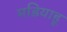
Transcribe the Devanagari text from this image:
मडियाहू